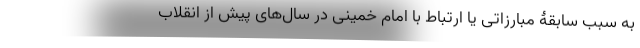
به سبب سابقۀ مبارزاتی یا ارتباط با امام خمینی در سال‌های پیش از انقلاب